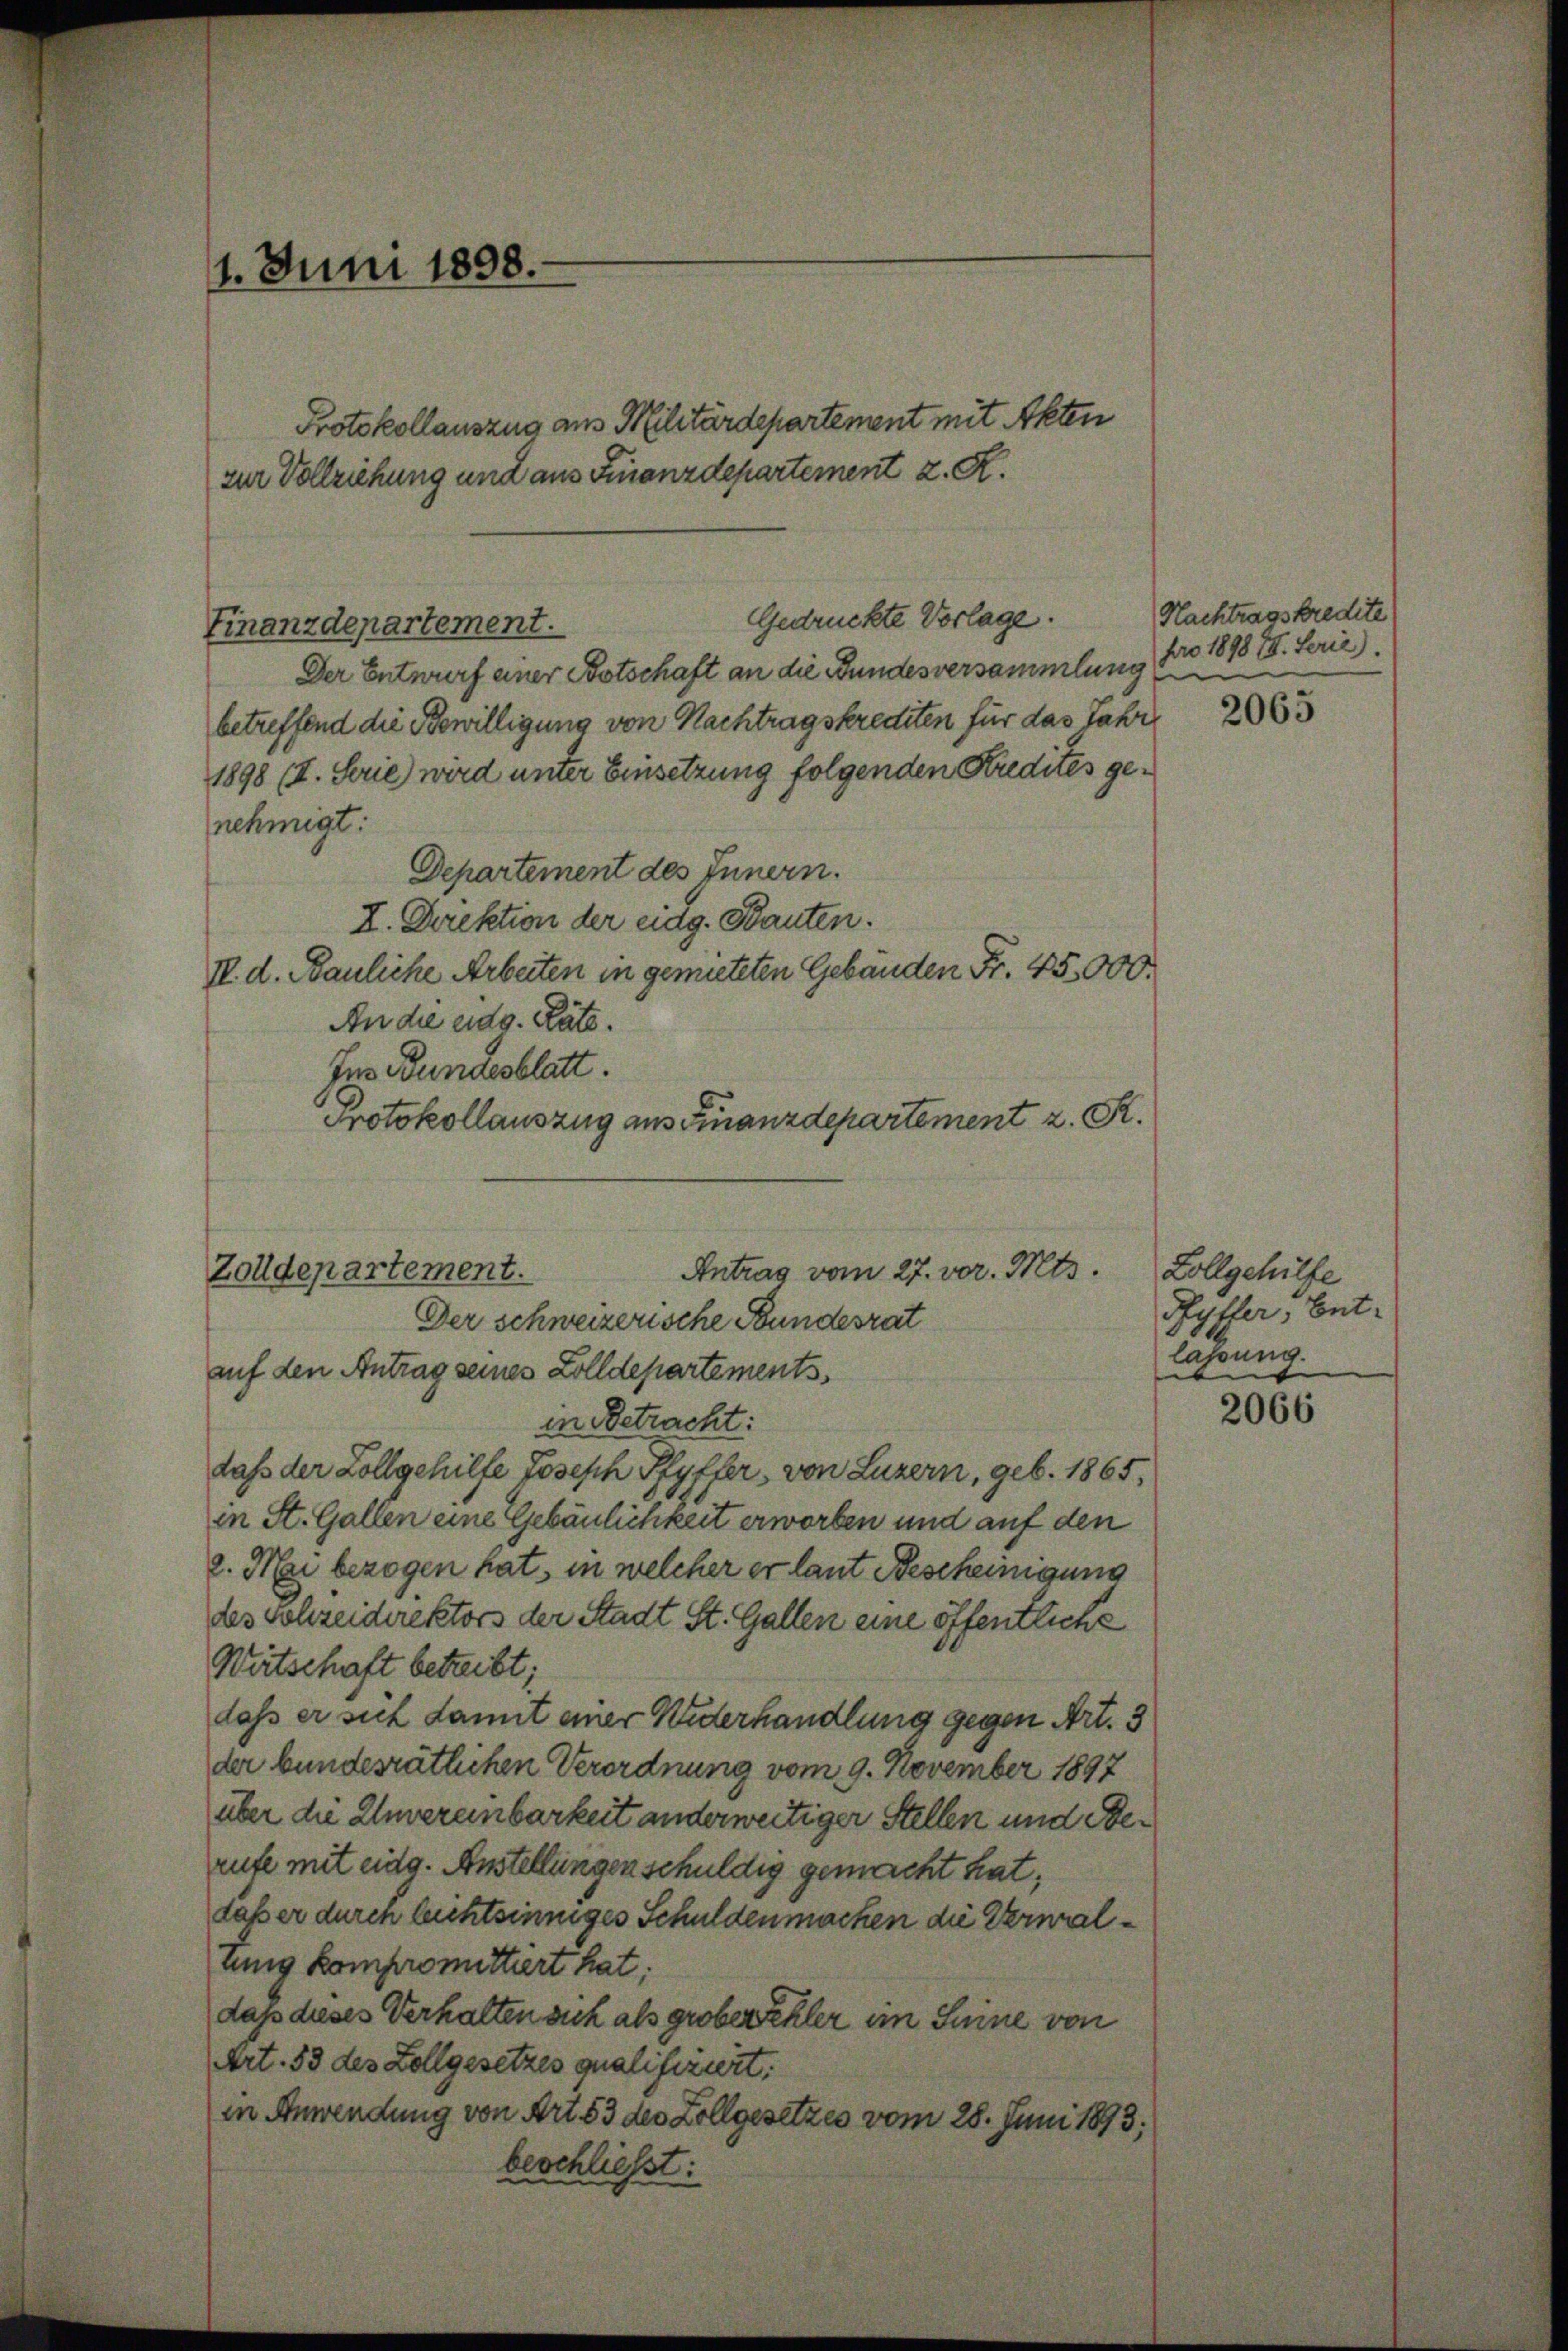
4. Juni 1898.

Finanzdepartement.

Protokollauszug aus Militärdepartement mit Akten
zur Vollziehung und aus Finanzdepartement z. R.

Gedrückte Vorlage.

Ins Bundesblatt.
Protokollauszug aus Finanzdepartement z. S.
Zolldepartement.
Antrag vom 27. vor. Mts.

Der Entwurf einer Botschaft an die Bundesversammlung pro 1898 IV. Ferie
betreffend die Bewilligung von Nachtragskrediten für das Jahre
1898 (I. Soue) wird unter Einsetzung folgenden Kredites genehmigt:
Departement des Innern.
I. Direktion der eidg. Bauten.
I. d. Bauliche Arbeiten in gemieteten Gebäuden Fr. 45,000.
An die eidg. Räte.
Der schweizerische Bundesrat
auf den Antrag seines Zolldepartements
in Betracht:
daß der Zollgehilfe Joseph Pfyffer, von Luzern, geb. 1865,
in St. Gallen eine Gebäulichkeit erworben und auf den
2. Mai bezogen hat, in welcher er laut Bescheinigung
des Sohzeidirektors der Stadt St. Gallen eine öffentliche
Wirtschaft betreibt;
dass er sich damit einer Widerhandlung gegen Art. 3
der bundesrätlichen Verordnung vom 9. November 1897
über die Unvereinbarkeit anderweitiger Stellen und Berufe mit eidg. Anstellungen schuldig gemacht hat;
daß er duren leichtsinniges Schuldenmachen die Verwaltung kompromittiert hat:
dass dieses Verhalten sich als grober eheler ein Seine von
Art. 53 des Zollgesetzes qualifiziert.
in Anwendung von Art. 83 des Zollgesetzes vom 28. Juni 1893.
beschließt:

Nachtragskredite

2065

Lollgehilfe
Ryttler, Entlassung.

2066